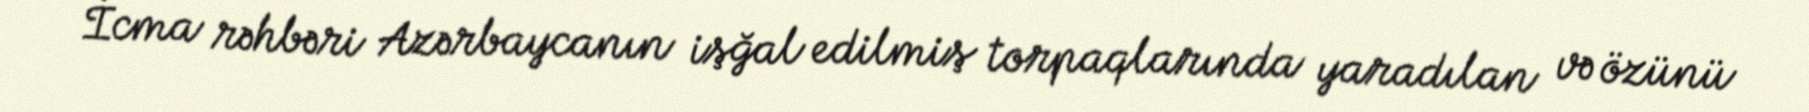
İcma rəhbəri Azərbaycanın işğal edilmiş torpaqlarında yaradılan və özünü